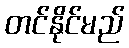
တင်နိုင်မည်